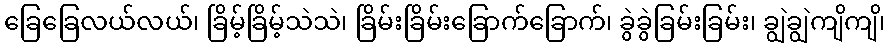
ခြေခြေလယ်လယ်၊ ခြိမ့်ခြိမ့်သဲသဲ၊ ခြိမ်းခြိမ်းခြောက်ခြောက်၊ ခွဲခွဲခြမ်းခြမ်း၊ ချွဲချွဲကျိကျိ၊